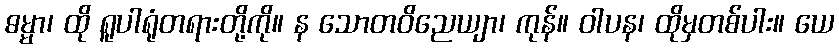
ဓမ္မာ၊ ထို ရူပါရုံတရားတို့ကို။ န သောတဝိညေယျာ၊ ကုန်။ ဝါပန၊ ထိုမှတစ်ပါး။ ယေ